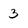
Character: 3